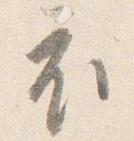
衣